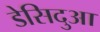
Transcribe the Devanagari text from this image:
डेसिदुआ